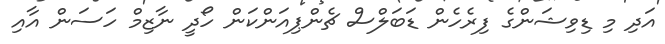
އަދި މި ޑިވިޝަންގެ ފިރެހެން ޑަބަލްސް ޗެންޕިއަންކަން ހޯދީ ނާޒިމް ހަސަން އާއި